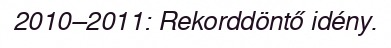
2010–2011: Rekorddöntő idény.